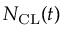
N _ { \mathrm { { C L } } } ( t )